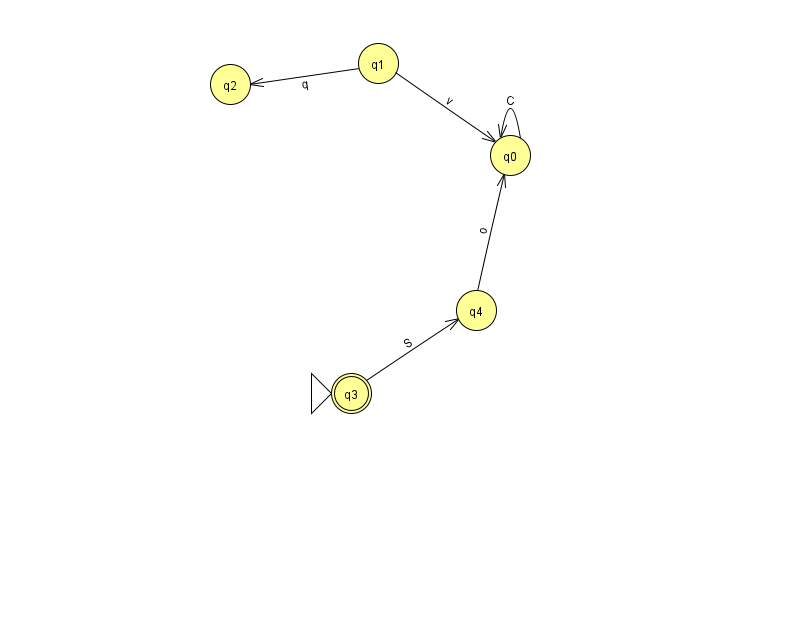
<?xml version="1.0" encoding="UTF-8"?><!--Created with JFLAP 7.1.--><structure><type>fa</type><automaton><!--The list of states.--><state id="0" name="q0"><x>510.0</x><y>142.0</y></state><state id="1" name="q1"><x>378.0</x><y>50.0</y></state><state id="2" name="q2"><x>230.0</x><y>71.0</y></state><state id="3" name="q3"><x>351.0</x><y>380.0</y><initial/><final/></state><state id="4" name="q4"><x>476.0</x><y>297.0</y></state><!--The list of transitions.--><transition><from>0</from><to>0</to><read>C</read></transition><transition><from>1</from><to>0</to><read>v</read></transition><transition><from>1</from><to>2</to><read>q</read></transition><transition><from>4</from><to>0</to><read>o</read></transition><transition><from>3</from><to>4</to><read>S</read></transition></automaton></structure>